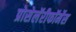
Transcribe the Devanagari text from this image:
प्रोसेलॅरीफॉर्मेस